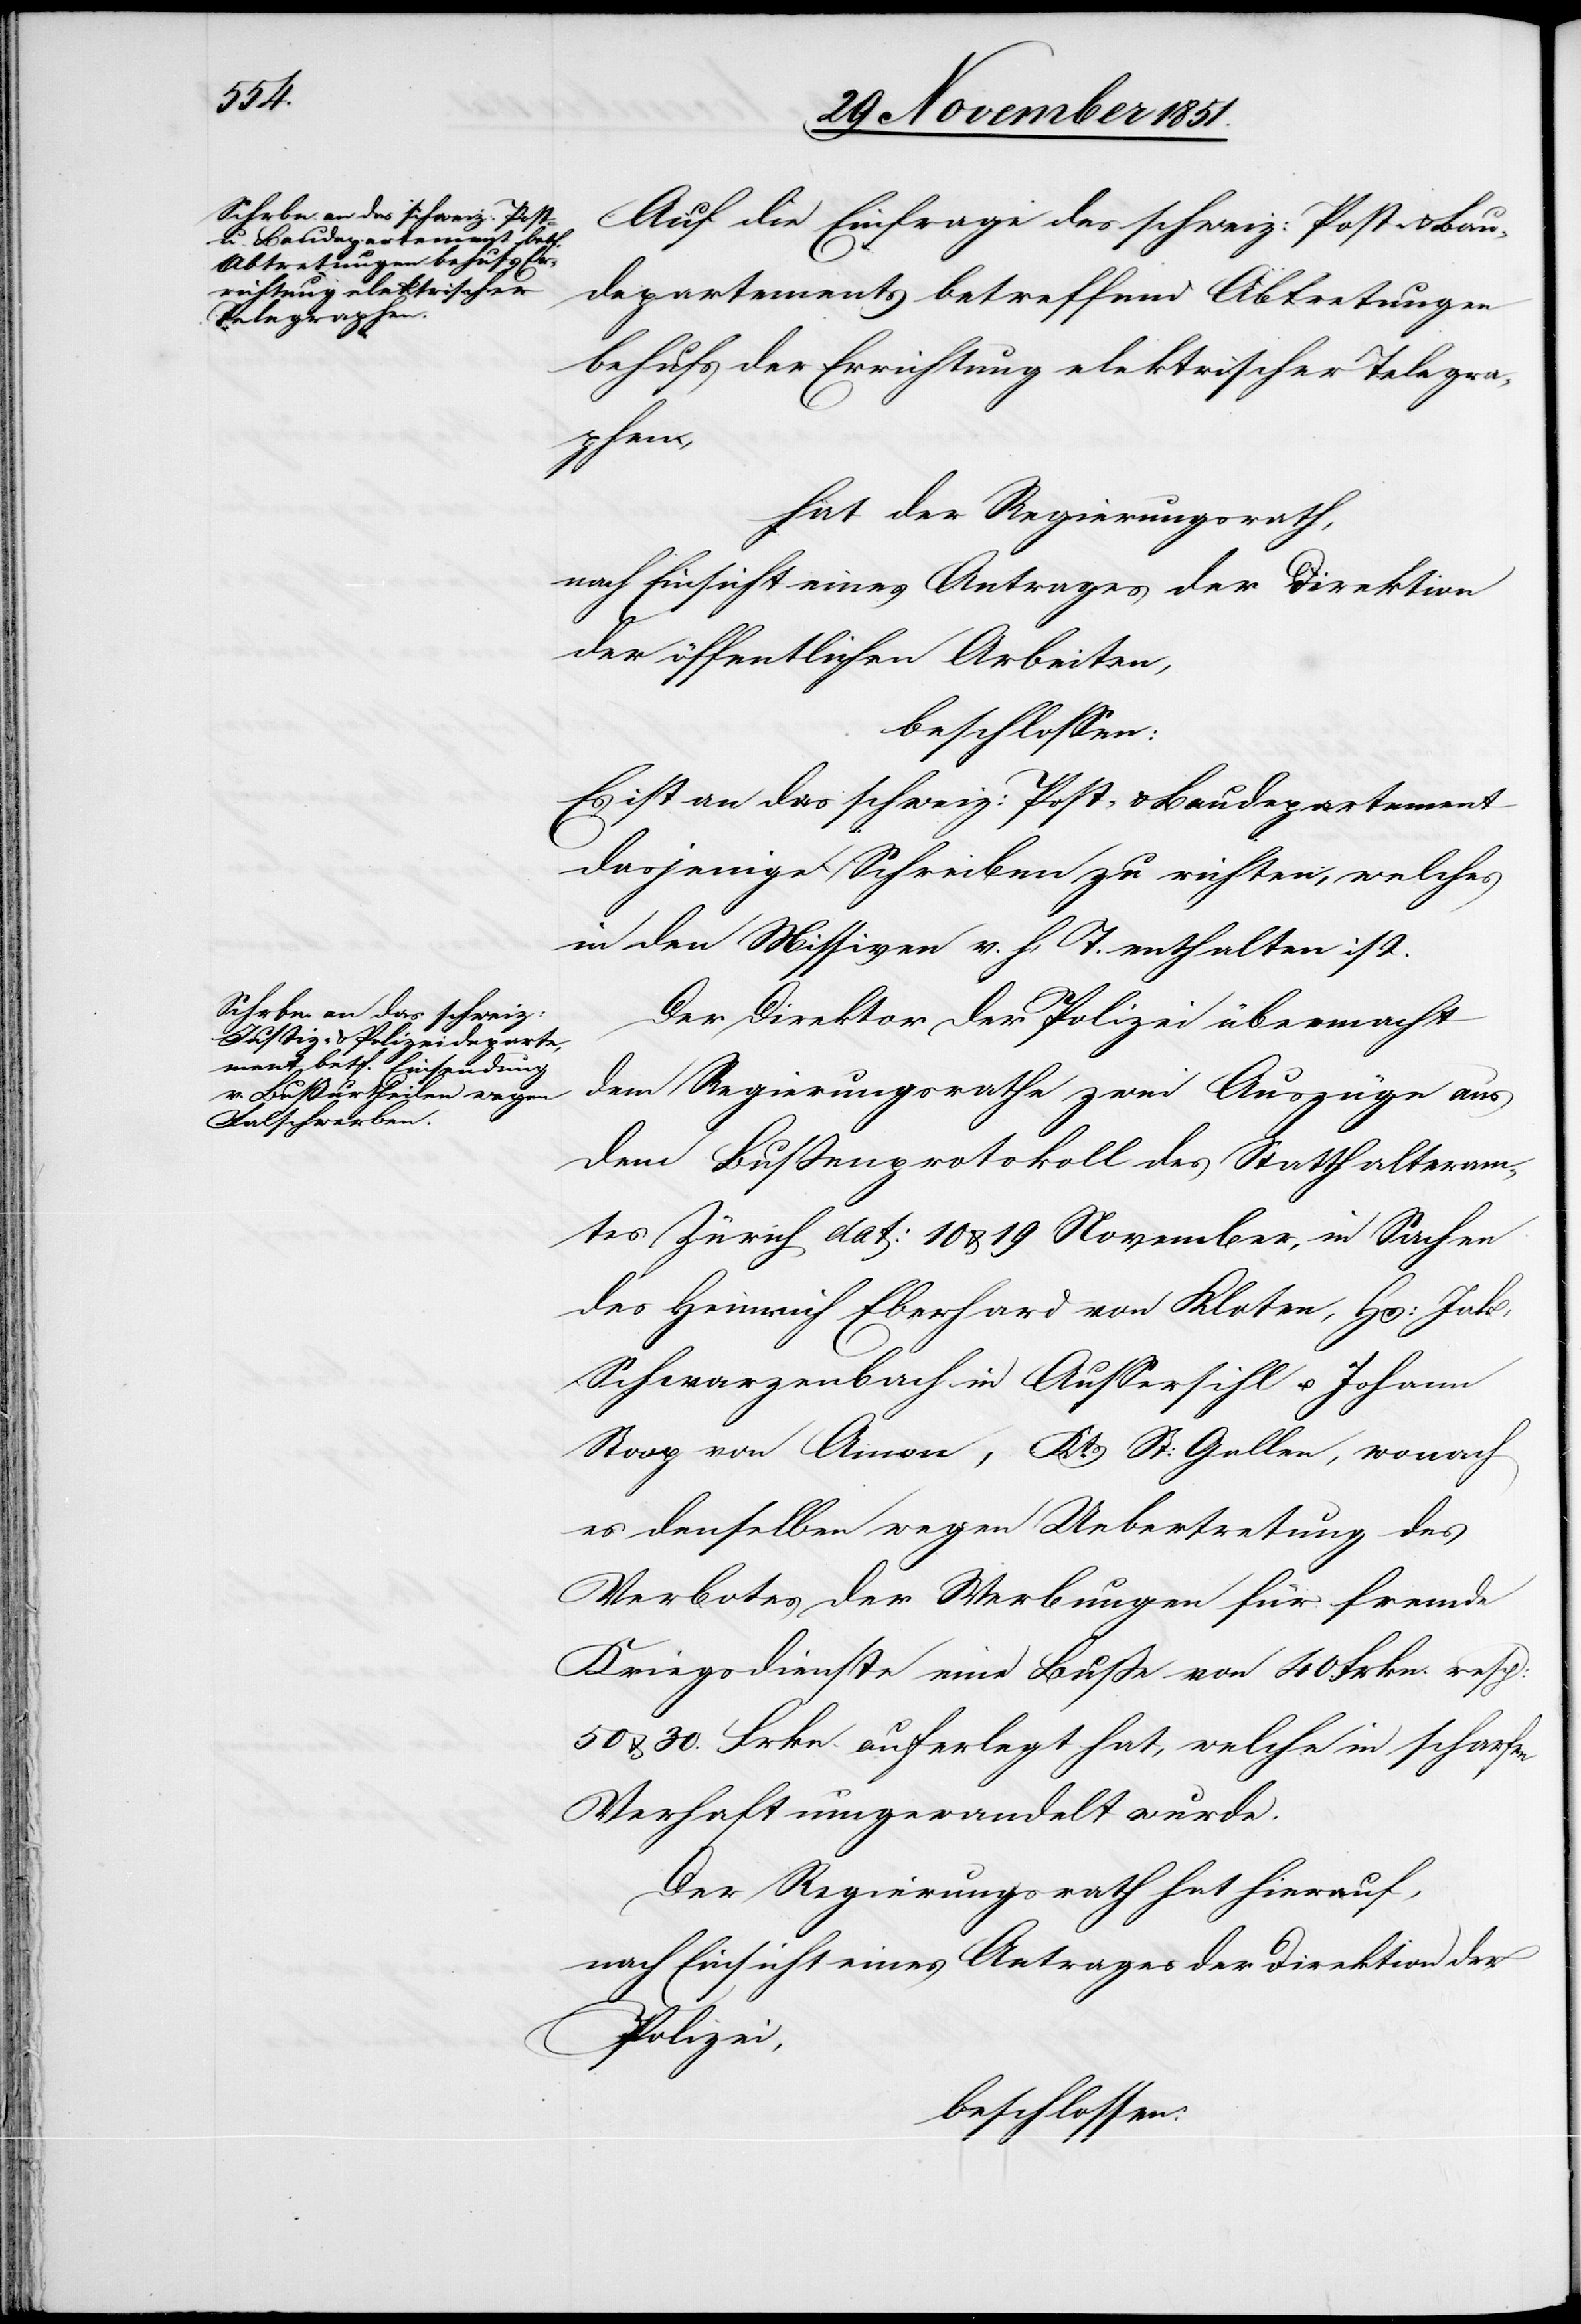
Auf die Einfrage des schweiz: Post-
& Baudepartements betre¬
behufs der Errichtung elektrischer Telegra¬
phen,
hat der Regierungsrath,
nach Einsicht eines Antrages der Direktion
der öffentlichen Arbeiten,
beschlossen:
Es ist an das schweiz: Post- & Baudepartement
dasjenige Schreiben zu richten, welches
in den Missiven v. h. T. enthalten ist.
Der Direktor der Polizei übermacht
dem Regierungsrathe zwei Auszüge aus
dem Bußenprotokoll des Statthalteram¬
tes Zürich dat: 10 & 19 November, in Sachen
des Heinrich Eberhard von Kloten, Hs: Jak,
Schwarzenbach in Aussersihl u. Johann
Stoop von Amon, Kts. St: Gallen, wonach
es denselben wegen Uebertretung des
Verbotes der Werbungen für fremde
Kriegsdienste eine Buße von 40 Frkn. resp:
50 & 30. Frkn. auferlegt hat, welche in scharfen
Verhaft umgewandelt wurde.
Der Regierungsrath hat hierauf,
nach Einsicht eines Antrages der Direktion der
Polizei,
beschlossen: